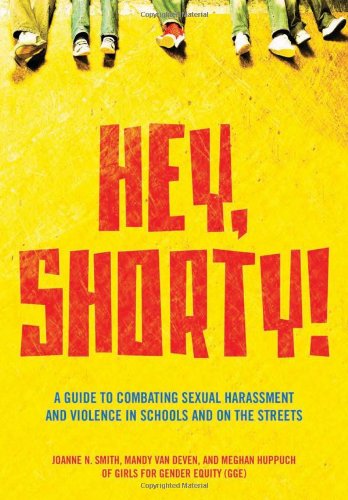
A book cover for Hey, Shorty!: A Guide to Combating Sexual Harassment and Violence in Schools and on the Streets; Joanne Smith; Politics & Social Sciences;